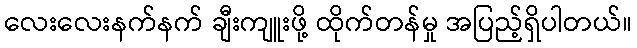
လေးလေးနက်နက် ချီးကျူးဖို့ ထိုက်တန်မှု အပြည့်ရှိပါတယ်။